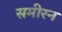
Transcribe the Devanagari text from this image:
समीरन